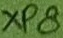
Text: XP8